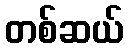
တစ်ဆယ်